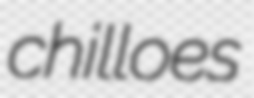
chilloes